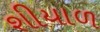
શીયાળ